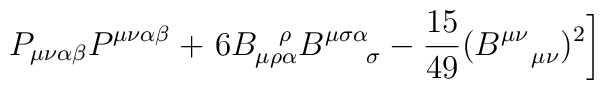
P_{\mu \nu\alpha\beta}P^{\mu \nu\alpha\beta}+\left. 6 B_{\mu \rho\alpha}^{\\ \ \ \rho}B^{\mu \sigma\alpha}_{\ \ \ \ \sigma} -\frac{15}{49}(B^{\mu \nu}_{\ \ ~\mu \nu})^2\right]